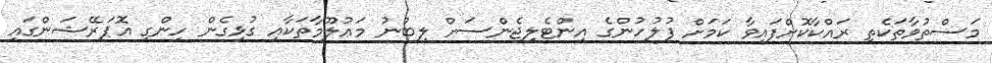
މަސްތުވާތަކެތި ރައްކާކޮށްފައިވާ ކަމަށް ފުލުހުންގެ އިންޓެލިޖެންސަށް ލިބުނު މަޢުލޫމާތަކާއި ގުޅިގެން ހިންގި އޮޕަރޭޝަންގައި